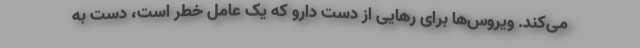
می‌کند. ویروس‌ها برای رهایی از دست دارو که یک عامل خطر است، دست به